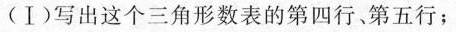
(Ⅰ)写出这个三角形数表的第四行、第五行；